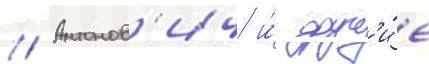
// Антонов'ич и́ друг'и́е